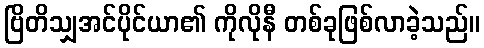
ဗြိတိသျှအင်ပိုင်ယာ၏ ကိုလိုနီ တစ်ခုဖြစ်လာခဲ့သည်။